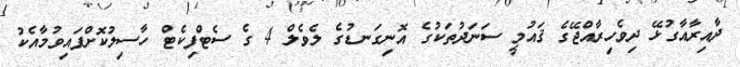
ދާއިރާއާގުޅޭ ދިވެހިރާއްޖޭގެ ޤައުމީ ސަނަދުތަކުގެ އޮނިގަނޑުގެ ލެވެލް 4 ގެ ސެޓްފިކެޓް ހާސިލުކޮށްފައިވުމާއެކު